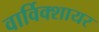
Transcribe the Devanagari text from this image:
वार्विक्शायर